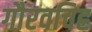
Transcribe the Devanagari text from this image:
गौरवचिह्र